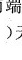
80米没有凿通。